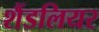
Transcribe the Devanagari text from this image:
शैंडलियर